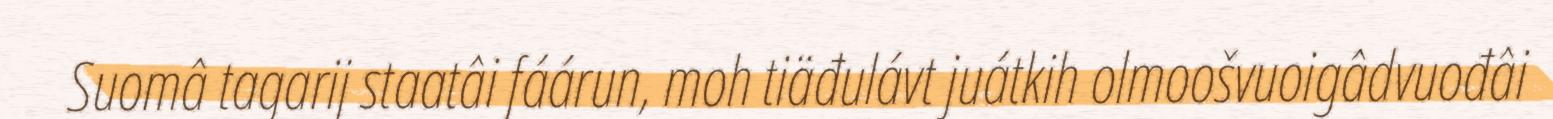
Suomâ tagarij staatâi fáárun, moh tiäđulávt juátkih olmoošvuoigâdvuođâi